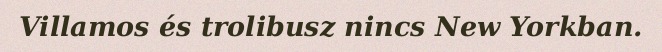
Villamos és trolibusz nincs New Yorkban.